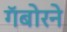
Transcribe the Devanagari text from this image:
गॅबोरने